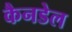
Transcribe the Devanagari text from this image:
कैनडेल